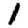
Digit: 1